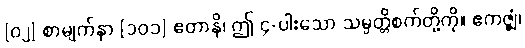
[၀၂] စာမျက်နှာ [၁၀၁] ဧတာနိ၊ ဤ ၄-ပါးသော သမ္ပတ္တိစက်တို့ကို။ ဧကဇ္ဈံ၊